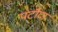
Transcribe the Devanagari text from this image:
पटौदा